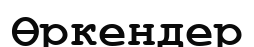
Өркендер